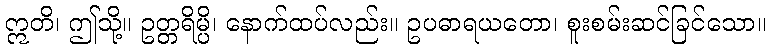
ဣတိ၊ ဤသို့။ ဥတ္တရိမ္ပိ၊ နောက်ထပ်လည်း။ ဥပဓာရယတော၊ စူးစမ်းဆင်ခြင်သော။